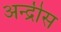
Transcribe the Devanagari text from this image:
अन्द्रीस